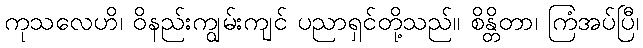
ကုသလေဟိ၊ ဝိနည်းကျွမ်းကျင် ပညာရှင်တို့သည်။ စိန္တိတာ၊ ကြံအပ်ပြီ၊